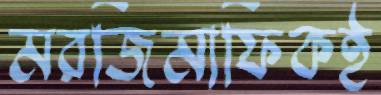
মরজিমাফিকই